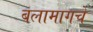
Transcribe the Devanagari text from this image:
बलामागचे